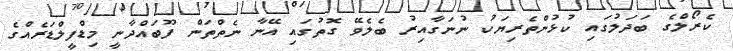
ކެރޯލްގެ ބަދަލުގައި ކުޅުންތެރިޔަކު ނުނަގާއިރު ބެލެވޭ ގޮތުގައި އޭނާ ނެތްތަން ފޫބައްދާނީ މިޑްފީލްޑަރެއްގެ